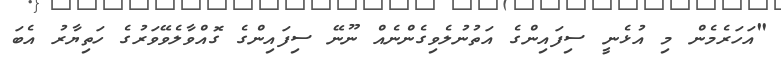
"އަހަރެމެން މި އުޅެނީ ސިފައިންގެ އަތުނުލެވިގެންނެއް ނޫނޭ ސިފައިންގެ ގޮއްވާލެވޭވަރުގެ ހަތިޔާރު އެބަ